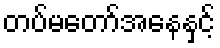
တပ်မတော်အနေနှင့်